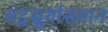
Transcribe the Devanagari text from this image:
चंद्रसूर्यासमान